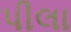
પીલા